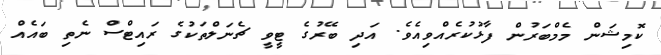
ކޮމިޝަން މެމްބަރުން ފާޅުކުރެއްވިއެވެ. އަދި ބޭރުގެ ޓީވީ ޗެނަލްތަކުގެ ރައިޓްސް ނެތި ބައެއް